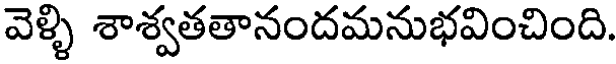
వెళ్ళి శాశ్వతతానందమనుభవించింది.